Scottish Leaving Certificate Examination, 1959
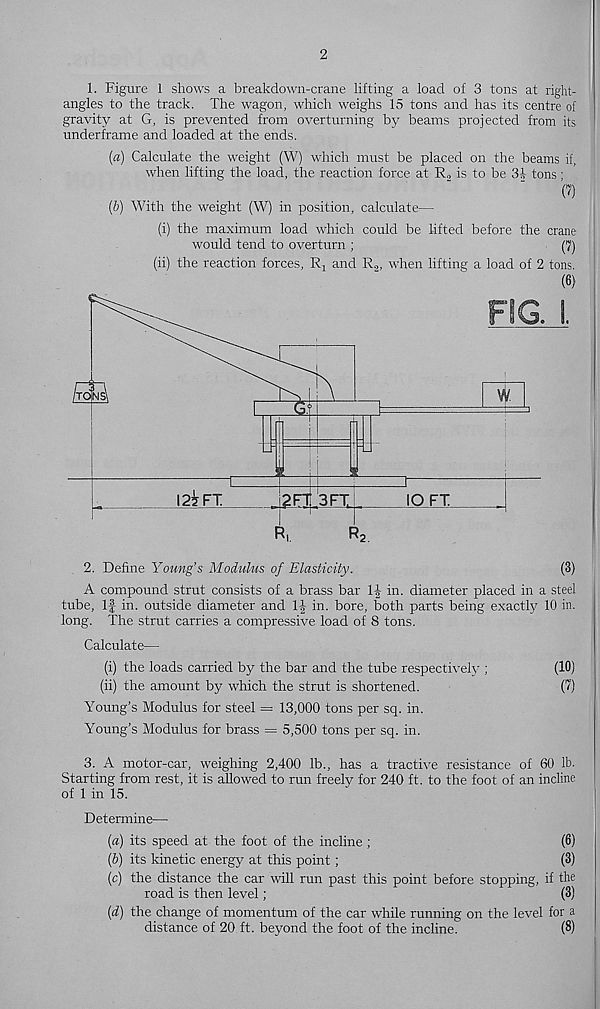
2
1. Figure 1 shows a breakdown-crane lifting a load of 3 tons at right-
angles to the track. The wagon, which weighs 15 tons and has its centre of
gravity at G, is prevented from overturning by beams projected from its
underframe and loaded at the ends.
(a) Calculate the weight (W) which must be placed on the beams if,
when lifting the load, the reaction force at R, is to be 31- tons •
(?)
(b) With the weight (W) in position, calculate—
(i) the maximum load which could be lifted before the crane
would tend to overturn ;
(7)
(ii) the reaction forces, Rj and R.„ when lifting a load of 2 tons.
(6)
2. Define Young’s Modulus of Elasticity.
(3)
A compound strut consists of a brass bar 1| in. diameter placed in a steel
tube, If in. outside diameter and If in. bore, both parts being exactly 10 in.
long. The strut carries a compressive load of 8 tons.
Calculate—
(i) the loads carried by the bar and the tube respective^-;
(10)
(ii) the amount by which the strut is shortened.
(?)
Young’s Modulus for steel = 13,000 tons per sq. in.
Young’s Modulus for brass = 5,500 tons per sq. in.
3. A motor-car, weighing 2,400 lb., has a tractive resistance of 60 lb.
Starting from rest, it is allowed to run freely for 240 ft. to the foot of an incline
of 1 in 15.
Determine—
(a) its speed at the foot of the incline ;
(6)
bb) its kinetic energy at this point;
(3)
(c) the distance the car will run past this point before stopping, if the
road is then level;
(3)
(d) the change of momentum of the car while running on the level for a
distance of 20 ft. beyond the foot of the incline.
(8)